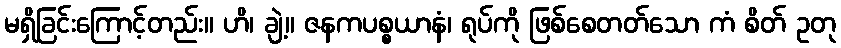
မရှိခြင်းကြောင့်တည်း။ ဟိ၊ ချဲ့။ ဇနကပစ္စယာနံ၊ ရုပ်ကို ဖြစ်စေတတ်သော ကံ စိတ် ဥတု